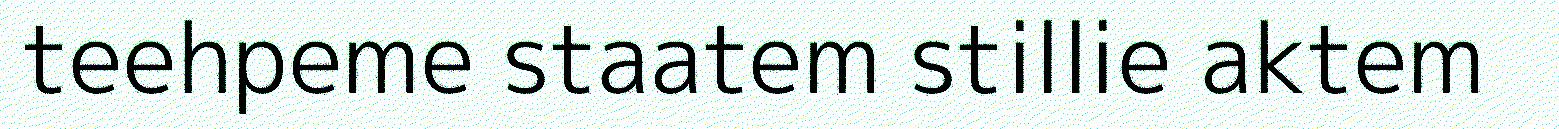
teehpeme staatem stillie aktem